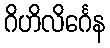
ဂိဟိလိင်္ဂေန